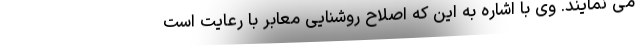
می نمایند. وی با اشاره به این که اصلاح روشنایی معابر با رعایت است